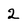
Character: 2